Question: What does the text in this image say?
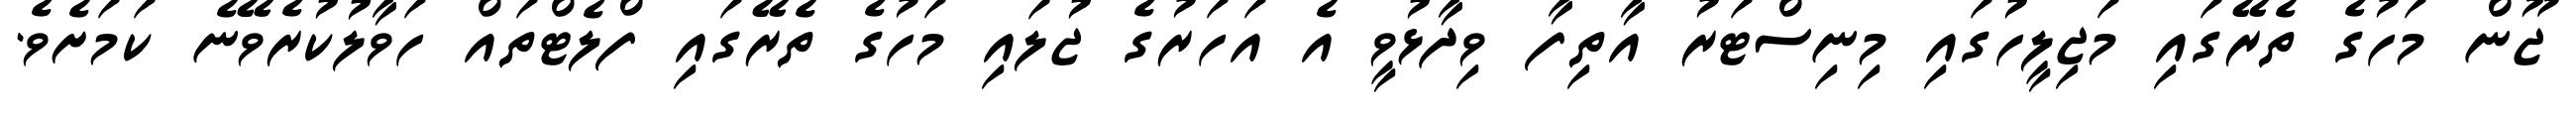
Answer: ޖޫން މަހުގެ ތެރޭގައި މަޖިލީހުގައި މިނިސްޓަރު އާތިފާ ވިދާޅުވީ އެ އަހަރުގެ ޖުލައި މަހުގެ ތެރޭގައި ފްލެޓްތައް ހަވާލުކުރެވޭނެ ކަމަށެވެ.